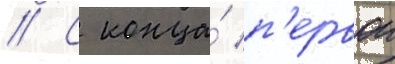
// С конца́ п'ервои